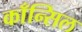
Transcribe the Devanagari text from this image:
काँन्सिल